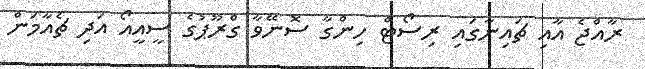
ރާއްޖެ އާއި ޗައިނާގައި ރިސޯޓް ހިންގާ ސޮނޭވާ ގްރޫޕުގެ ސީއީއޯ އަދި ޗެއާމަން